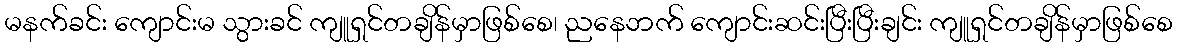
မနက်ခင်း ကျောင်းမ သွားခင် ကျူရှင်တချိန်မှာဖြစ်စေ၊ ညနေဘက် ကျောင်းဆင်းပြီးပြီးချင်း ကျူရှင်တချိန်မှာဖြစ်စေ